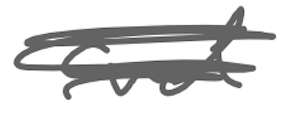
Text: and
Cross-out: scratch
Writing tool: digital_gray